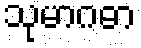
သုမာဂဓာ